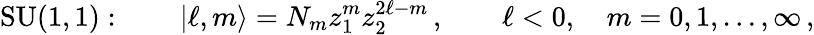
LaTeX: \mathrm{SU(1,1)}:\qquad|\ell,m\rangle=N_{m}z_{1}^{m}z_{2}^{2\ell-m}\, ,\qquad\ell<0,\quad m=0,1,\ldots,\infty\, ,